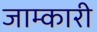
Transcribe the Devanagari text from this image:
जाम्कारी